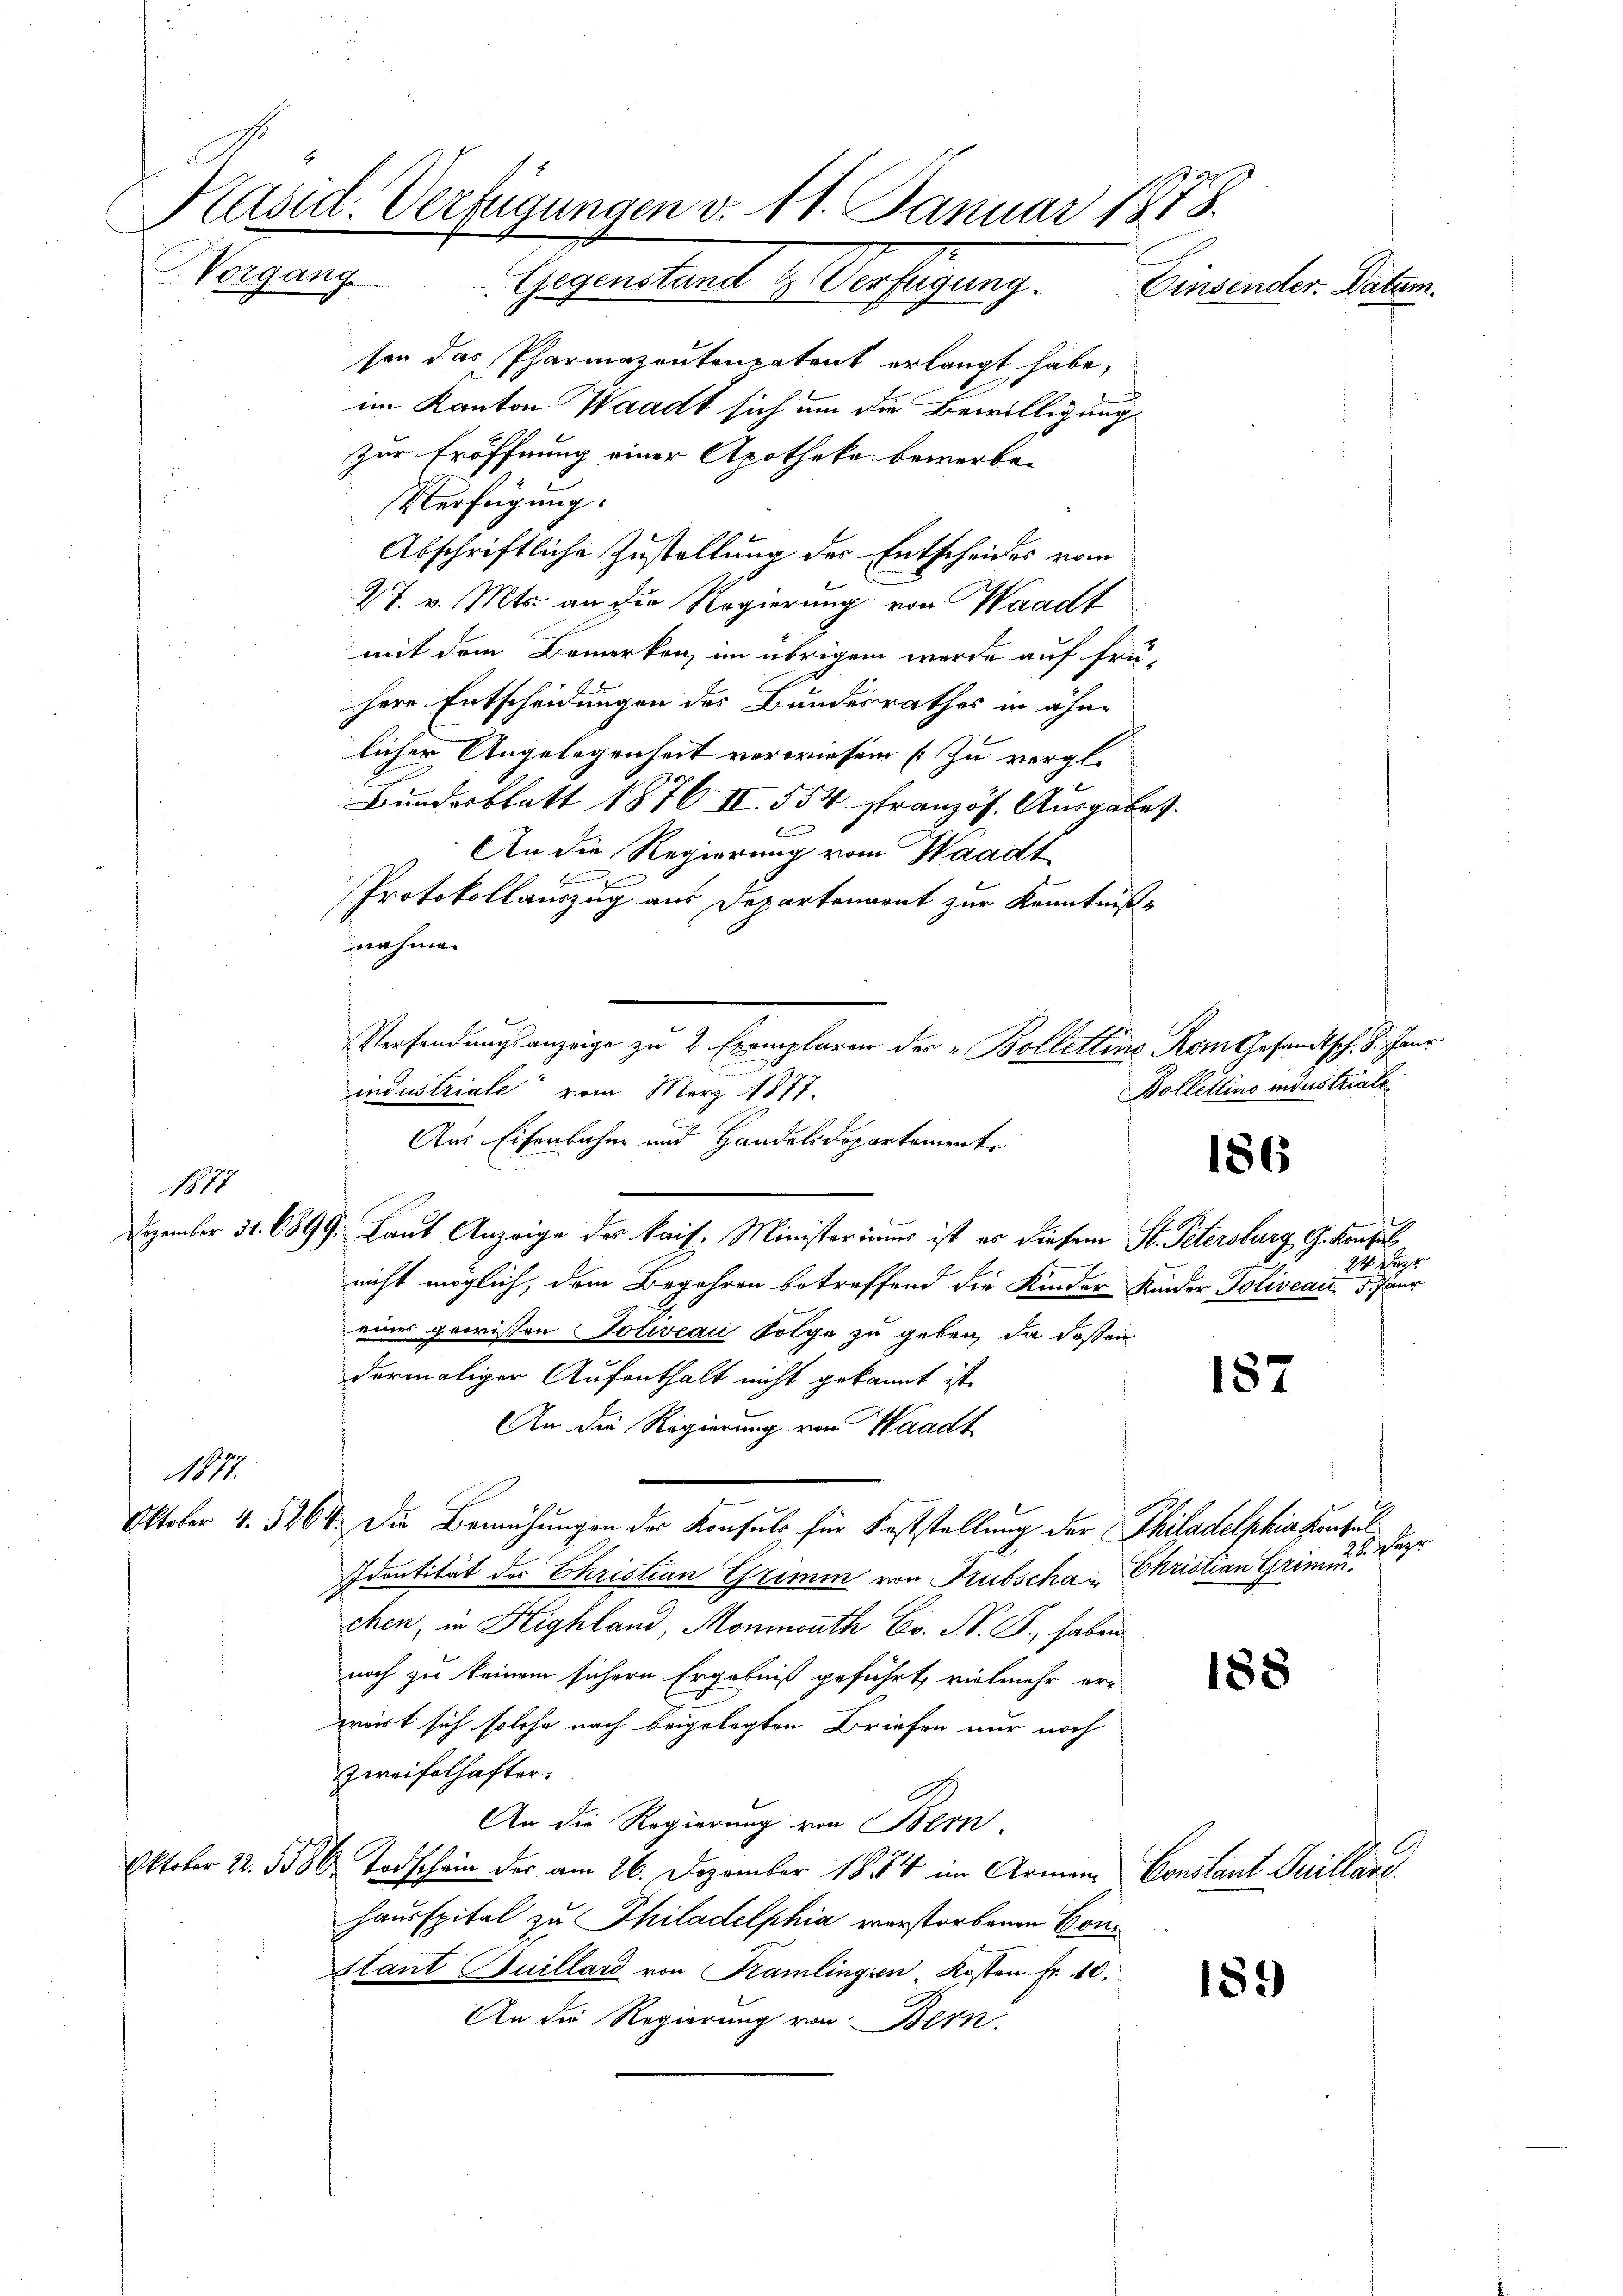
Käsid. Verfügungen v. 11. Januar 1878.
Vorgang Gegenstand 1 Verfügung.
Einsender. Datum.

sen das Pharmazentenpatent erlangt habe,
im Kanton Waadt sich um die Bewilligung
zur Eröffnung einer Apotheka bewerben
Verfügung.
Abschriftliche Zustellung der Entscheides vom
27. v. Mts. an die Regierung von Waadt
mit dem Bemerken, im übrigen werde auf frü-
here Entscheidungen des Bundesrathes in ähne
licher Angelegenheit verwiesen (Zu vergl.
Bundesblatt 1876 II. 554 französ. Ausgabe,
An die Regierung vom Waadt
.
e
Protokollauszug aus Departenannt zur Kenntniß-
nahmen
mung
industriale vom März 1877.
Aus Eisenbahne und Handelsdepartament
1815
Dezember 31. 6899. Laut Anzeige des kais. Ministeriums ist es diesem St. Petersburg G. Konsul
nicht möglich, dem Begehren betreffend die Kinder Kinder Poliveau, 5 Pfarr
eines gewissen Soliveau Folge zu geben, da deßen
dermaliger Aufenthalt nicht gekannt ist.
An die Regierung von Waadt
1877.
Oktober 4. 5264. Die Bemühungen der Konsuls für Feststellung der Philadelphia densel
dontität des Christian Grimm von Trubschau Christian Grimichen, in Highland, Monath Co. N. F., haben
noch zu keinem sichern Ergebniß geführt, vielmehr erwart sich solche nach beigelegten Briefen nur noch
zweifelhafter
An die Regierung von Bern
Oktober 22. 1580. Todschein der am 26. Dezember 1854 im Armen Constant Guilland.
hausspital zu Thiladelphia verstorbenen Con¬
Stant Guillard von Kramlingien, Kosten Fr. 10.
An die Regierung von Bern.

Versendungsanzeige zu 2 Exemplaren der „Bolletins Rom Gesandtsch. S. Haur

Bollettins industriale

186

24 der

187

3 Begr

188

189